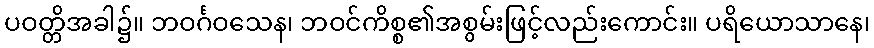
ပဝတ္တိအခါ၌။ ဘဝင်္ဂဝသေန၊ ဘဝင်ကိစ္စ၏အစွမ်းဖြင့်လည်းကောင်း။ ပရိယောသာနေ၊